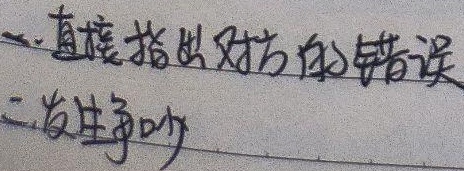
一. 直接指出对方的错误
二. 发生争吵